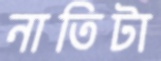
নাতিটা